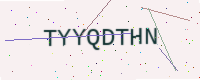
Text: TYYQDTHN